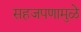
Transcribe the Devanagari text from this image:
सहजपणामुळे